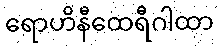
ရောဟိနီထေရီဂါထာ